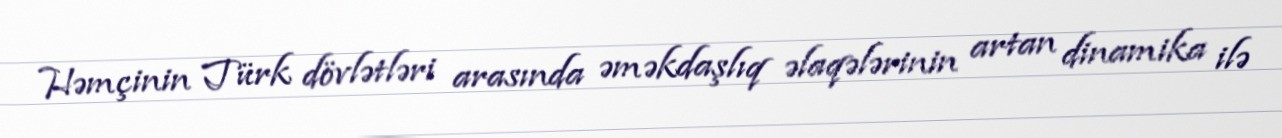
Həmçinin Türk dövlətləri arasında əməkdaşlıq əlaqələrinin artan dinamika ilə